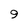
Character: 9